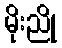
မိုးညို